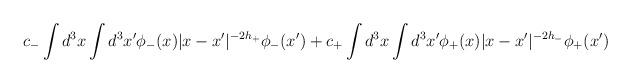
LaTeX: \begin{align*}c_- \int d^3x\int d^3x' \phi_-(x)|x-x'|^{-2h_+}\phi_-(x') +c_+ \int d^3x\int d^3x' \phi_+(x)|x-x'|^{-2h_-}\phi_+(x')\end{align*}